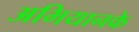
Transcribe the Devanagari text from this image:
अभियानके